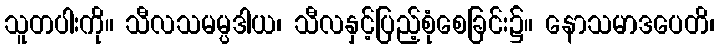
သူတပါးကို။ သီလသမမ္ပဒါယ၊ သီလနှင့်ပြည့်စုံစေခြင်း၌။ နောသမာဒပေတိ၊